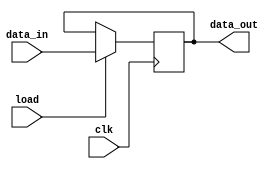
`timescale 1ns/1ps 
module PIPO (
    output reg [15:0] data_out,
    input wire [15:0] data_in,
    input wire load, clk 
);

always @(posedge clk) begin
    if(load) data_out<= data_in;
end

endmodule //PIPO